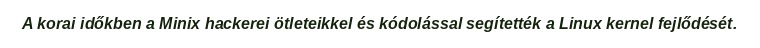
A korai időkben a Minix hackerei ötleteikkel és kódolással segítették a Linux kernel fejlődését.